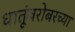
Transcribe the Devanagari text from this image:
धातूंबरोबरच्या